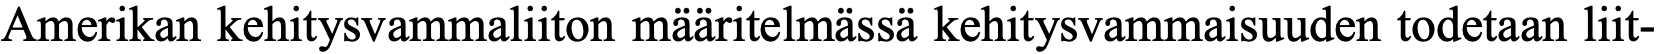
Amerikan kehitysvammaliiton määritelmässä kehitysvammaisuuden todetaan liit-